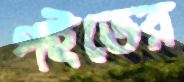
পইতের